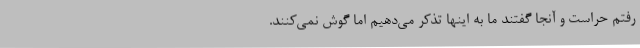
رفتم حراست و آنجا گفتند ما به اینها تذکر می‌دهیم اما گوش نمی‌کنند.